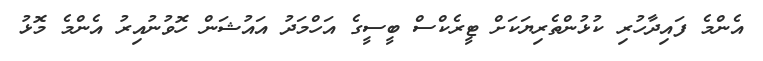
އެންމެ ފައިދާހުރި ކުޅުންތެރިޔަކަށް ޓީރެކްސް ބީސީގެ އަހްމަދު އައުޝަން ހޮވުނުއިރު އެންމެ މޮޅު